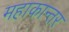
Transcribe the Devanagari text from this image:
महाकान्तर